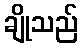
ချိုသည်